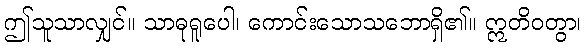
ဤသူသာလျှင်။ သာဓုရူပေါ၊ ကောင်းသောသဘောရှိ၏။ ဣတိဝတွာ၊